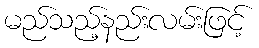
မည်သည့်နည်းလမ်းဖြင့်